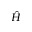
\hat { H }